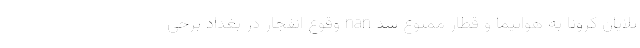
تلایان کرونا به هواپیما و قطار ممنوع شد nan وقوع انفجار در بغداد برخی